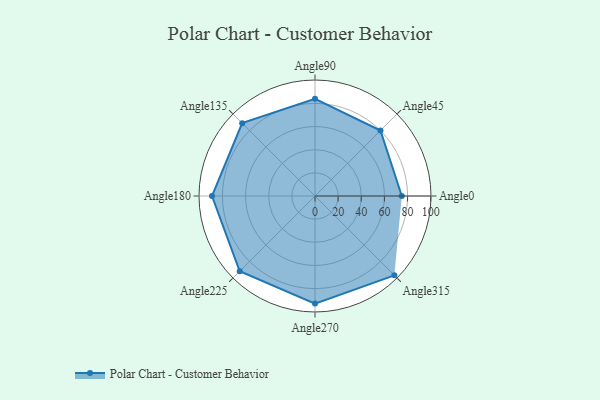
{"axis": {"x": "Angle", "y": "Radius"}, "legend": [""], "data": [{"x": "Angle0", "y": 75.0, "type": ""}, {"x": "Angle45", "y": 80.0, "type": ""}, {"x": "Angle90", "y": 84.0, "type": ""}, {"x": "Angle135", "y": 89.0, "type": ""}, {"x": "Angle180", "y": 89.0, "type": ""}, {"x": "Angle225", "y": 92.0, "type": ""}, {"x": "Angle270", "y": 93.0, "type": ""}, {"x": "Angle315", "y": 97.0, "type": ""}]}